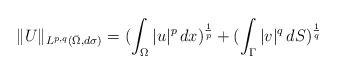
LaTeX: \begin{align*}\|U\|_{L^{p,q}(\bar{\Omega},d\sigma)}=(\int_{\Omega}|u|^p\,dx)^{\frac{1}{p}}+(\int_{\Gamma}|v|^q\,dS)^{\frac{1}{q}}\end{align*}